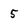
Character: 5